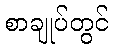
စာချုပ်တွင်